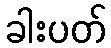
ခါးပတ်